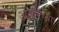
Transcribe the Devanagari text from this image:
अंतरिंच्या